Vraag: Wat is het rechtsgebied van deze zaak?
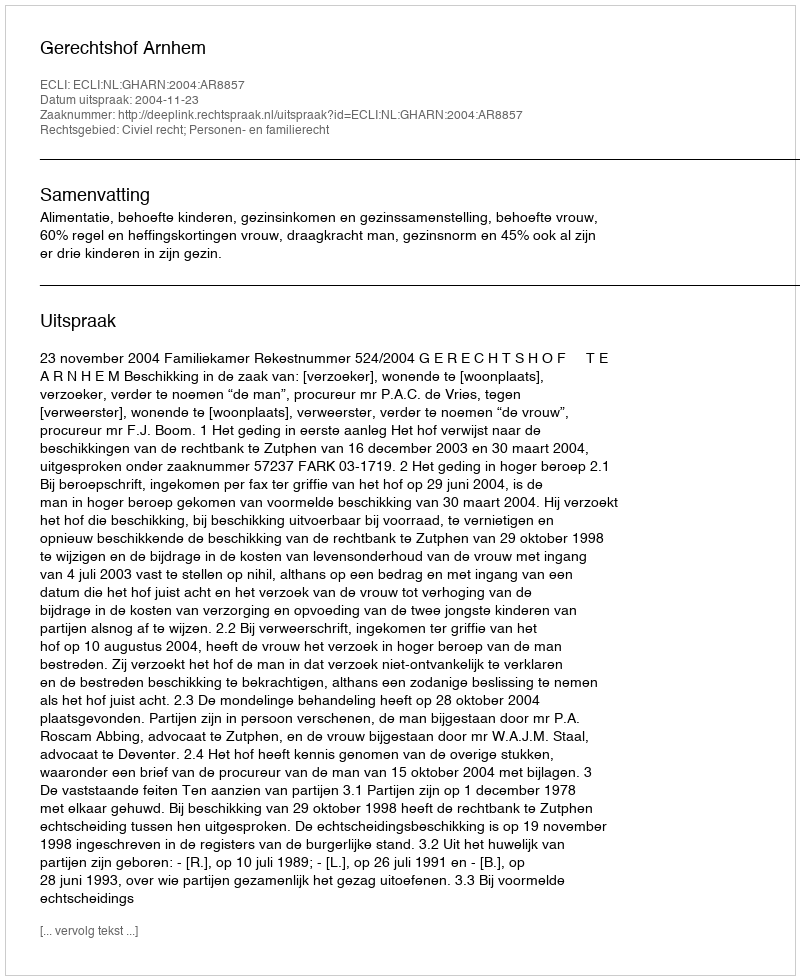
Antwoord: Civiel recht; Personen- en familierecht